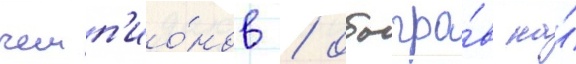
чемп'ио́нов / обыгра́в на́